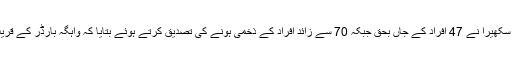
دوسری جانب آئی جی پنجاب مشتاق سکھیرا نے 47 افراد کے جاں بحق جبکہ 70 سے زائد افراد کے ذخمی ہونے کی تصدیق کرتے ہوئے بتایا کہ واہگہ بارڈر کے قریب دھماکا خود کش حملہ ہوسکتا ہے۔